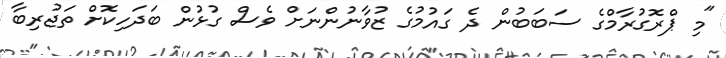
"މި ޕްރޮގުރާމްގެ ސަބަބުން ދެ ގައުމުގެ ޒުވާނުންނަށް ވެސް ގުޅުން ބަދަހިކޮށް ތަޖުރިބާ